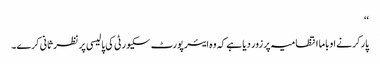
‘‘
پارکر نے اوباما انتظامیہ پر زور دیا ہے کہ وہ ایئر پورٹ سکیورٹی کی پالیسی پر نظر ثانی کرے۔